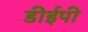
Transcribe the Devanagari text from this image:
डीईपी